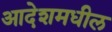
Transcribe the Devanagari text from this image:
आदेशमधील